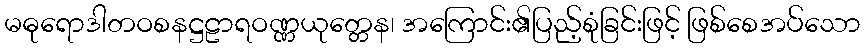
မဓုရောဒါတဝစနဋ္ဌဠာရဝဏ္ဏယုတ္တေန၊ အကြောင်း၏ပြည့်စုံခြင်းဖြင့် ဖြစ်စေအပ်သော